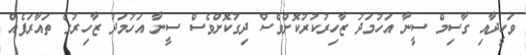
ވަހީދާއި ގާސިމް ސީނާ އަހުމަދު ޒާހިރުކުރުކޮށްވެސް ދިގުކޮށްވެސް ސީނާ އަހުމަދު ޒާހިރުގެ ތައާރަފެއް